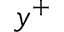
y ^ { + }